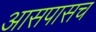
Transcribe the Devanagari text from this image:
आसपासच